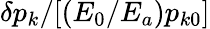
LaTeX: \delta p_{k}/[(E_{0}/E_{a})p_{k0}]